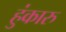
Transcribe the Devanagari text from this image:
हुंकारु